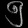
Digit: ၅